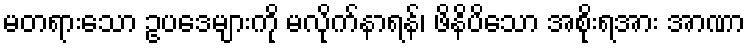
မတရားသော ဥပဒေများကို မလိုက်နာရန်၊ ဖိနိပိသော အစိုးရအား အာဏာ